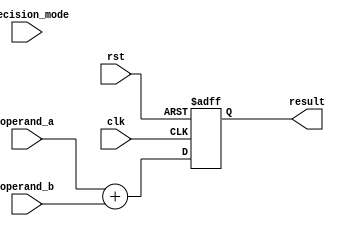
module FloatingPointUnit (
    input wire clk,
    input wire rst,
    input wire [63:0] operand_a,
    input wire [63:0] operand_b,
    input wire [1:0] precision_mode, // 00: single precision, 01: double precision
    output reg [63:0] result
);

reg [1:0] operation;
reg [63:0] temp_result;

// Datapath for processing input operands
always @(*) begin
    case(precision_mode)
        2'b00: temp_result = operand_a + operand_b; // Single precision addition
        2'b01: temp_result = operand_a + operand_b; // Double precision addition
        default: temp_result = operand_a + operand_b;
    endcase

end

// Control unit for managing operations
always @(posedge clk or posedge rst) begin
    if (rst) begin
        operation <= 2'b00; // Default to addition
        result <= 64'b0;
    end
    else begin
        operation <= precision_mode;
        result <= temp_result;
    end
end

endmodule